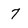
Character: 7